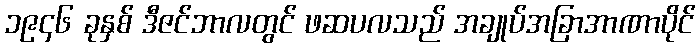
၁၉၄၆ ခုနှစ် ဒီဇင်ဘာလတွင် ဖဆပလသည် အချုပ်အခြာအာဏာပိုင်